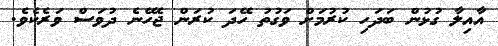
އާއިލާ ގުޅުން ބަދަހި ކުރުމަށް ވަގުތު ހޭދަ ކުރަން ޖެހޭނެ ދުވަސް ވަރެކެވެ.